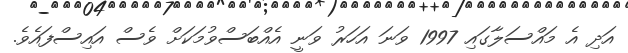
އަދި އެ މައްސަލާގައި 1997 ވަނަ އަހަރު ވަނީ އެއްބަސްވުމަކަށް ވެސް އައިސްފައެވެ.